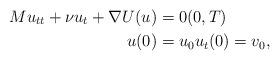
LaTeX: \begin{align*}Mu_{tt}+\nu u_{t}+\nabla U(u) & =0(0,T)\\u(0) & =u_{0}u_{t}(0)=v_{0}, \end{align*}